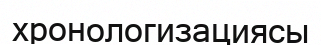
хронологизациясы